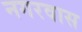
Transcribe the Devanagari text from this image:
नगरवास